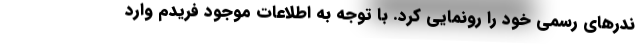
ندرهای رسمی خود را رونمایی کرد. با توجه به اطلاعات موجود فریدم وارد